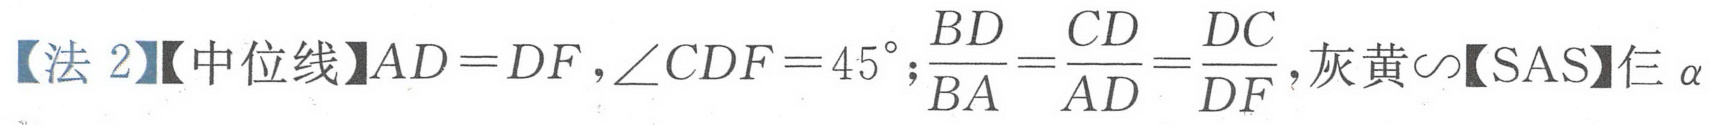
【法2】【中位线】\(AD = DF\)，\(\angle CDF = 45^{\circ}\)；\(\frac{BD}{BA}=\frac{CD}{AD}=\frac{DC}{DF}\)，灰黄\(\sim\)【SAS】仨\(\alpha\)